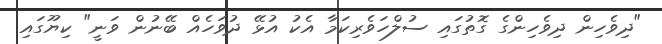
"ދިވެހިން ދިވެހިންގެ ގޮތުގައި ސުލްހަވެރިކަމާ އެކު އުޅޭ ދުވަހެއް ބޭނުން ވަނީ" ކިޔޫގައި